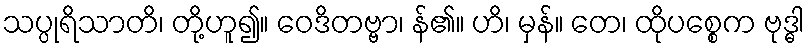
သပ္ပုရိသာတိ၊ တို့ဟူ၍။ ဝေဒိတဗ္ဗာ၊ န်၏။ ဟိ၊ မှန်။ တေ၊ ထိုပစ္စေက ဗုဒ္ဓါ